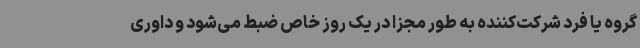
گروه یا فرد شرکت‌کننده به طور مجزا در یک روز خاص ضبط می‌شود و داوری